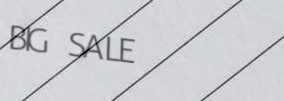
BIG SALE